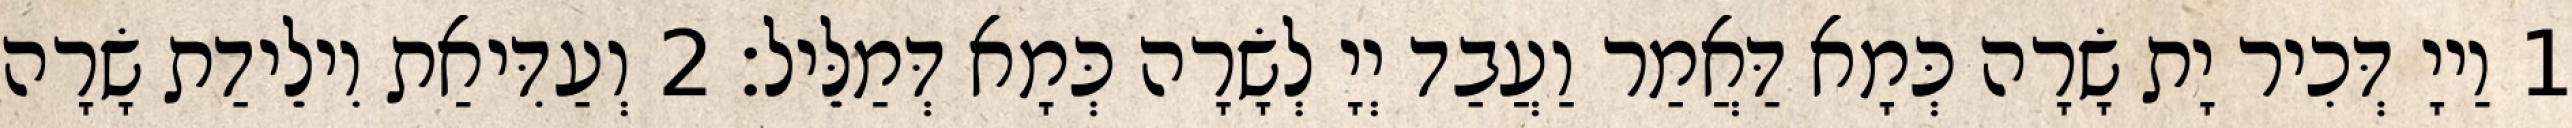
1 וַייָ דְּכִיר יָת שָׂרָה כְּמָא דַּאֲמַר וַעֲבַד יְיָ לְשָׂרָה כְּמָא דְּמַלֵּיל׃ 2 וְעַדִּיאַת וִילֵידַת שָׂרָה